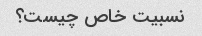
نسبیت خاص چیست؟